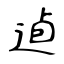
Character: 逌